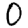
Digit: 0